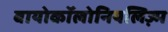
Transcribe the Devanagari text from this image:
बायोकॉलोनियलिज़्म